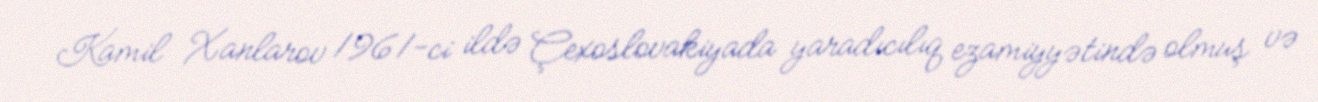
Kamil Xanlarov 1961-ci ildə Çexoslovakiyada yaradıcılıq ezamiyyətində olmuş və